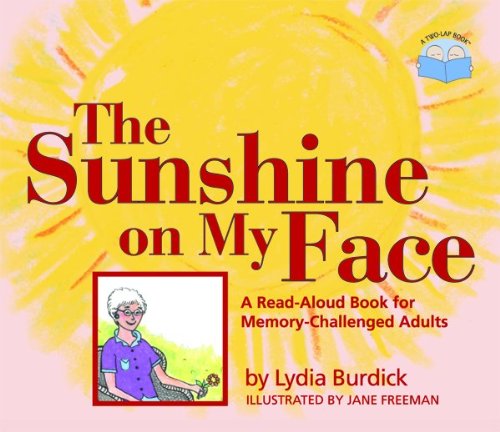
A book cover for The Sunshine on My Face: A Read-Aloud Book for Memory-Challenged Adults; Lydia Burdick; Parenting & Relationships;